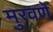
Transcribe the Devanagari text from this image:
मुरवणे